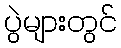
ပွဲများတွင်